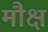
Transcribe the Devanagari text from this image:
मौक्ष